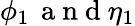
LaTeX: \phi_{1}\, \mathrm{~a~n~d~}\eta_{1}